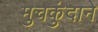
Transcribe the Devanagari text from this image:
मुचकुंदाने